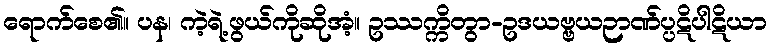
ရောက်စေ၏။ ပန၊ ကဲ့ရဲ့ဖွယ်ကိုဆိုအံ့။ ဥဿက္ကိတွာ-ဥဒယဗ္ဗယဉာဏ်ပ္ပဋိပါဋိယာ